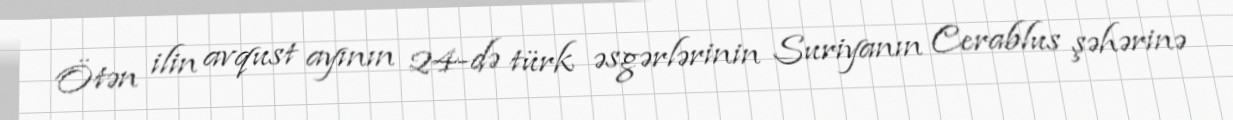
Ötən ilin avqust ayının 24-də türk əsgərlərinin Suriyanın Cerablus şəhərinə